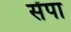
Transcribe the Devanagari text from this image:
सेंपा